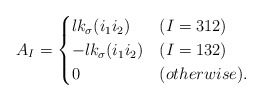
\begin{align*}A_{I} = \begin{cases} lk_\sigma(i_1i_2) & (I=312) \\ -lk_\sigma(i_1i_2) & (I=132) \\ 0 & (otherwise). \end{cases} \end{align*}